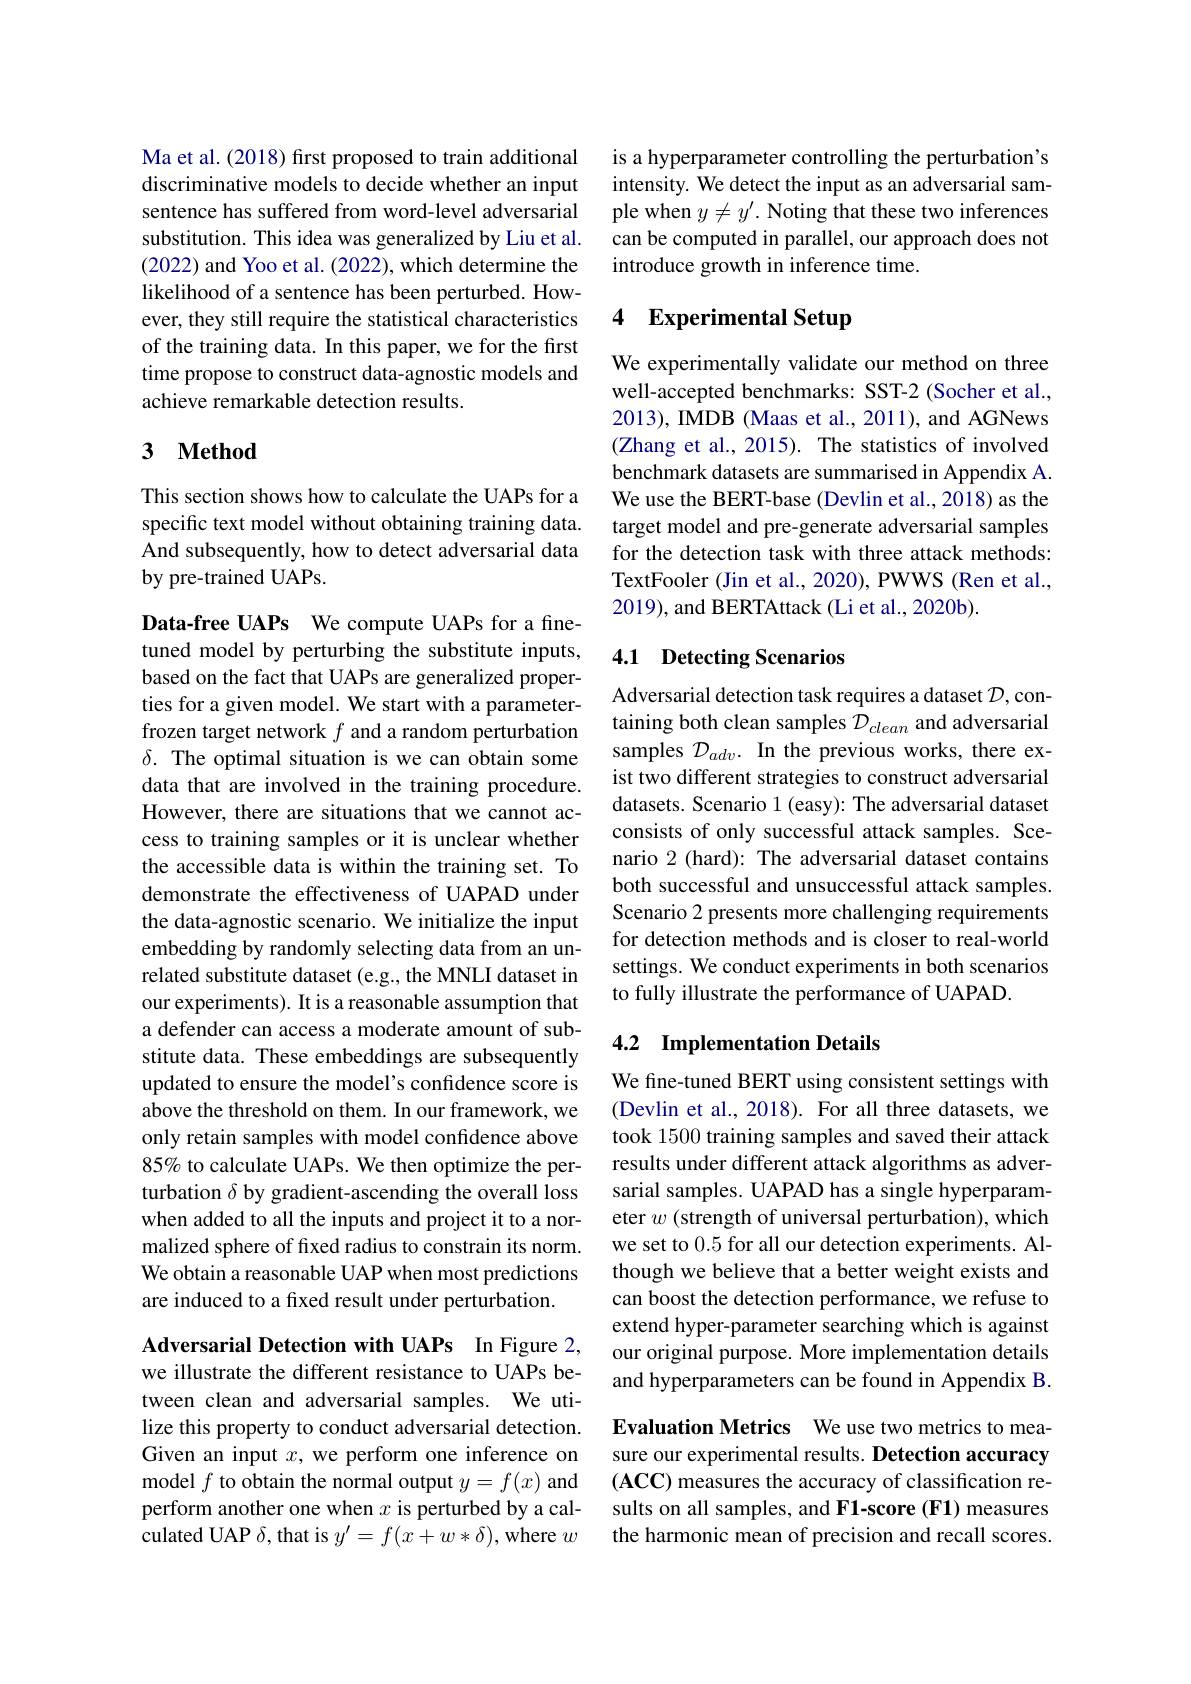
Ma et al. (2018) first proposed to train additional discriminative models to decide whether an input sentence has suffered from word-level adversarial substitution. This idea was generalized by Liu et al. (2022) and Yoo et al. (2022), which determine the likelihood of a sentence has been perturbed. However, they still require the statistical characteristics of the training data. In this paper, we for the first time propose to construct data-agnostic models and achieve remarkable detection results.

# 3 Method

This section shows how to calculate the UAPs for a specific text model without obtaining training data. And subsequently, how to detect adversarial data by pre-trained UAPs.

Data-free UAPs We compute UAPs for a finetuned model by perturbing the substitute inputs, based on the fact that UAPs are generalized properties for a given model. We start with a parameterfrozen target network $f$ and a random perturbation $\delta.$ The optimal situation is we can obtain some data that are involved in the training procedure. However, there are situations that we cannot access to training samples or it is unclear whether the accessible data is within the training set. To demonstrate the effectiveness of UAPAD under the data-agnostic scenario. We initialize the input embedding by randomly selecting data from an unrelated substitute dataset (e.g., the MNLI dataset in our experiments). It is a reasonable assumption that a defender can access a moderate amount of substitute data. These embeddings are subsequently updated to ensure the model's confidence score is above the threshold on them. In our framework, we only retain samples with model confidence above 85% to calculate UAPs. We then optimize the perturbation $\delta$ by gradient-ascending the overall loss when added to all the inputs and project it to a normalized sphere of fxed radius to constrain its norm. We obtain a reasonable UAP when most predictions are induced to a fixed result under perturbation.

Adversarial Detection with UAPs In Figure 2, we illustrate the different resistance to UAPs between clean and adversarial samples. We utilize this property to conduct adversarial detection. Given an input $x$, we perform one inference on model $f$ to obtain the normal output $y=f(x)$ and perform another one when $x$ is perturbed by a calculated UAP $\delta$, that is $y^\prime=f(x+w*\delta)$, where $w$

is a hyperparameter controlling the perturbation's intensity. We detect the input as an adversarial sample when $y\neq y^\prime.$ Noting that these two inferences can be computed in parallel, our approach does not introduce growth in inference time.

### 4 Experimental Setup

We experimentally validate our method on three well-accepted benchmarks: SST-2 (Socher et al., 2013), IMDB (Maas et al., 2011), and AGNews (Zhang et al., 2015). The statistics of involved benchmark datasets are summarised in Appendix A. We use the BERT-base (Devlin et al., 2018) as the target model and pre-generate adversarial samples for the detection task with three attack methods: TextFooler (Jin et al., 2020), PWWS (Ren et al., 2019), and BERTAttack (Li et al., 2020b).

## 4.1 Detecting Scenarios

Adversarial detection task requires a dataset $\mathcal{D}$,containing both clean samples $\mathcal{D}_{clean}$ and adversarial samples $\mathcal{D}_{adv}.$ In the previous works, there exist two different strategies to construct adversarial datasets. Scenario 1 (easy): The adversarial dataset consists of only successful attack samples. Scenario 2 (hard): The adversarial dataset contains both successful and unsuccessful attack samples. Scenario 2 presents more challenging requirements for detection methods and is closer to real-world settings. We conduct experiments in both scenarios to fully illustrate the performance of UAPAD.

## 4.2 Implementation Details

We fine-tuned BERT using consistent settings with (Devlin et al., 2018). For all three datasets, we took 1500 training samples and saved their attack results under different attack algorithms as adversarial samples. UAPAD has a single hyperparameter $w$ (strength of universal perturbation), which we set to 0.5 for all our detection experiments. Although we believe that a better weight exists and can boost the detection performance, we refuse to extend hyper-parameter searching which is against our original purpose. More implementation details and hyperparameters can be found in Appendix B.

Evaluation Metrics We use two metrics to measure our experimental results. Detection accuracy $(\mathbf{ACC})$ measures the accuracy of classification results on all samples, and F1-score (F1) measures the harmonic mean of precision and recall scores.